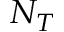
N _ { T }